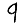
Digit: 9